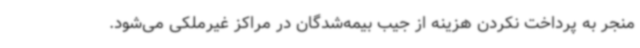
منجر به پرداخت نکردن هزینه از جیب بیمه‌شدگان در مراکز غیرملکی می‌شود.